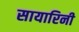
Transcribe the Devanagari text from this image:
सायारिनी